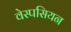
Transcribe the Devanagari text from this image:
वेस्पसियन